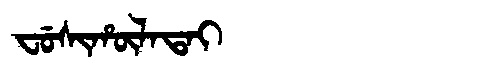
Manchu: ᠸᡠᠰᡳᡥᡡᠯᠠᡨᠠᡳ
Romanization: FUSIHŪLATAI